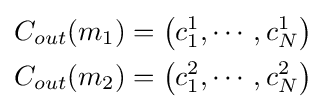
{\begin{aligned}C_{out}(m_{1})&=\left(c_{1}^{1},\cdots ,c_{N}^{1}\right)\\C_{out}(m_{2})&=\left(c_{1}^{2},\cdots ,c_{N}^{2}\right)\end{aligned}}